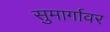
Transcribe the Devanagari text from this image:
सुमार्गावर